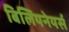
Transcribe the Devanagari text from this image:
बिलियनेयर्स